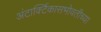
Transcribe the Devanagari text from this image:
अंटार्क्टिकासभोवतीच्या